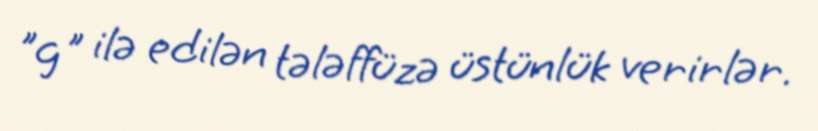
"g" ilə edilən tələffüzə üstünlük verirlər.